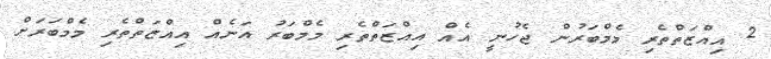
2 އިއްޒަތްތެރި މެމްބަރުން ޖެހުނީ އެއް އިއްޒަތްތެރި މެމްބަރު އަނެއް އިއްޒަތްތެރި މެމްބަރަށް